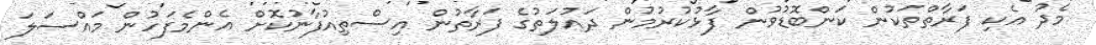
މެދު އެކި ފަރާތްތަކުން ކަންބޮޑުވުން ފާޅުކުރުމުން ދައުލަތުގެ ފަރާތުން އިސްތިއުފާނުކޮށް އެންމެފަހުން މައްސަލަ